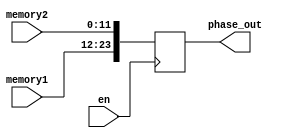
`timescale 1ns/1ps
module output_buffer(memory1, memory2, en, phase_out);
  input [11:0] memory1,memory2;
  input en;
  output reg [23:0] phase_out;

  always@(posedge en) begin
    phase_out <= {memory1,memory2};
  end
endmodule // output_buffer